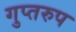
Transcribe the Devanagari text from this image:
गुप्तरुप